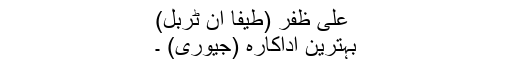
علی ظفر (طیفا ان ٹربل)
بہترین اداکارہ (جیوری) ۔